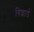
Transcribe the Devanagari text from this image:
गिशार्ड